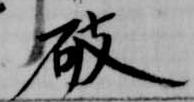
破